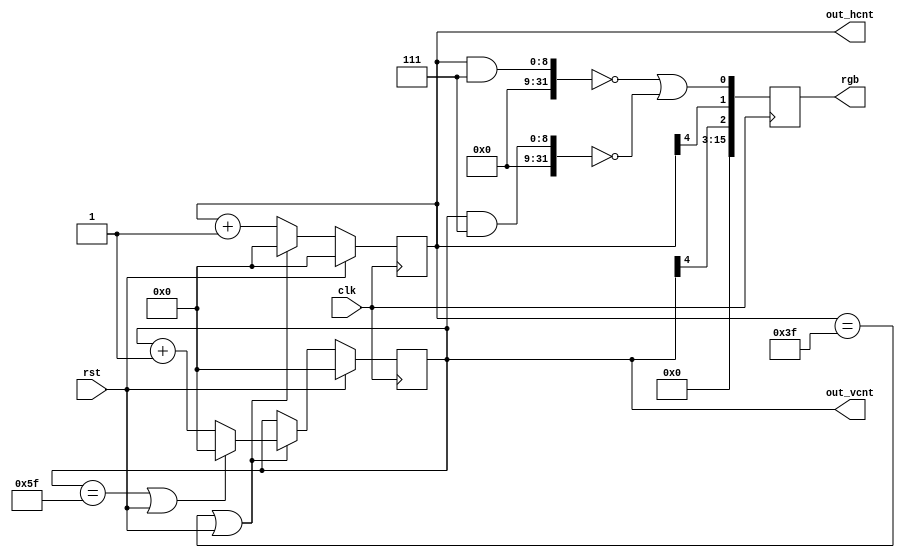
/*
 based on hirosh vga sync 

  Copyright (C) 2021  Hirosh Dabui <hirosh@dabui.de>

  
*/

module sdd1331_gen_pattern (
           input clk,
           output reg [8:0] out_hcnt,
           output reg [8:0] out_vcnt,
           output reg [15:0] rgb,
           input rst
       );

    localparam VTOTAL            = 96;	
    localparam HTOTAL            = 64;	

wire hcycle = out_hcnt == (HTOTAL -1) || rst;
wire vcycle = out_vcnt == (VTOTAL -1) || rst;
// testpattern
wire r = ((out_hcnt&7)==0) || ((out_vcnt&7)==0);
wire g = out_hcnt[4];
wire b = out_vcnt[4];

always @(posedge clk) begin
    rgb <= {b,g,r};
    if (rst) begin
        out_hcnt <= 0;
        out_vcnt <= 0;
    end else begin
            out_hcnt <= hcycle ? 0 : out_hcnt + 1;
            if (hcycle) out_vcnt <= vcycle ? 0 : out_vcnt + 1;

    end
end

endmodule